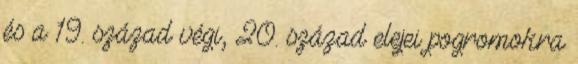
és a 19. század végi, 20. század elejei pogromokra